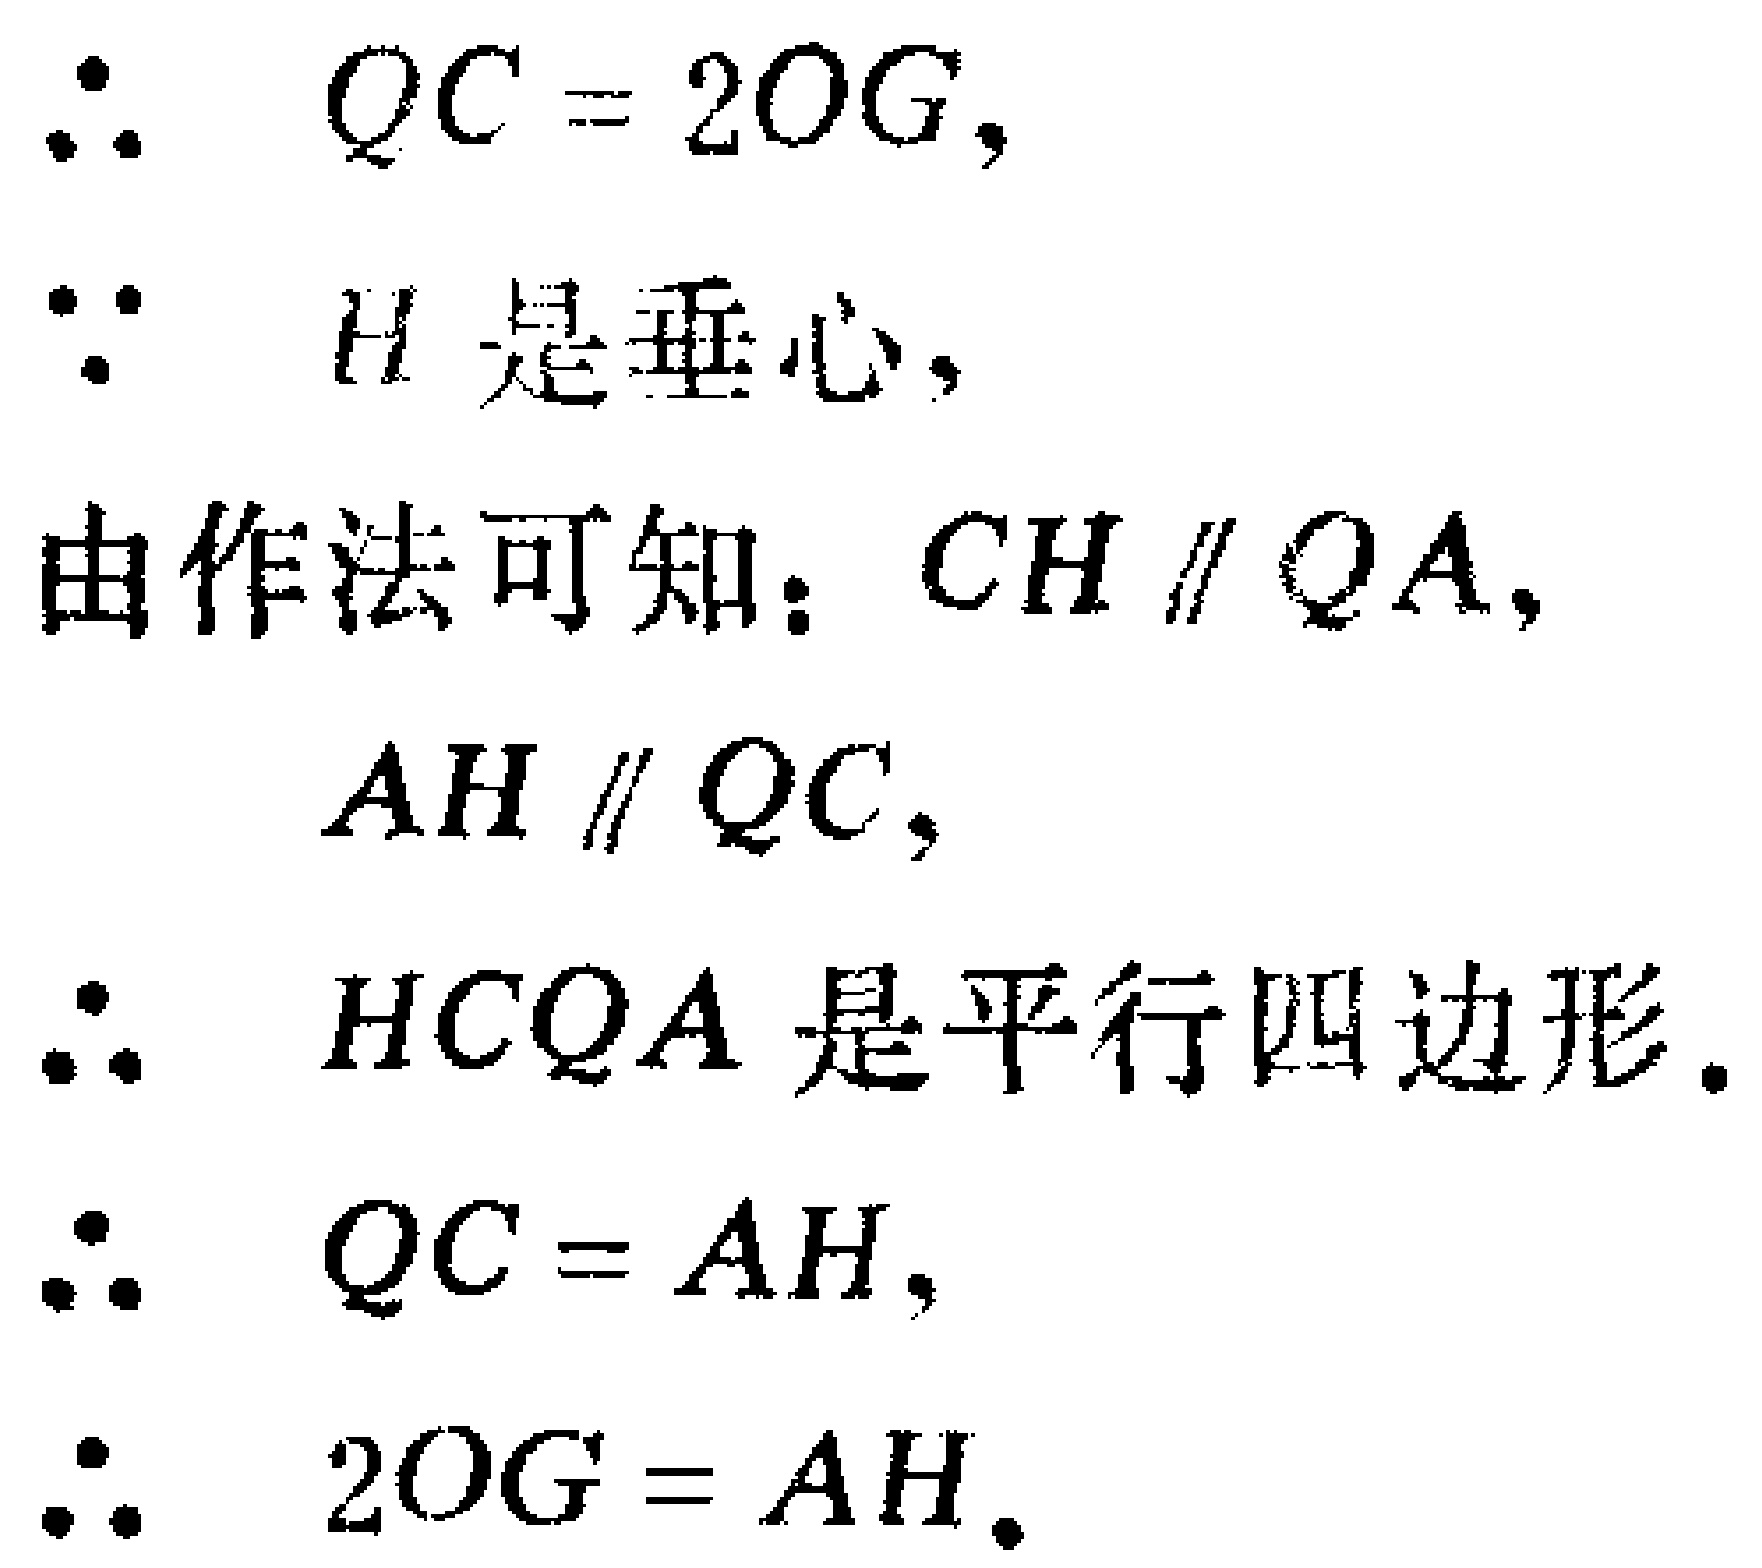
\(
\begin{align*}
&\therefore\quad QC = 2OG,\\
&\because\quad H\text{ 是垂心},\\
&\text{由作法可知：}CH\parallel QA,\\
&\quad\quad\quad AH\parallel QC,\\
&\therefore\quad HCQA\text{ 是平行四边形}.\\
&\therefore\quad QC = AH,\\
&\therefore\quad 2OG = AH.
\end{align*}
\)